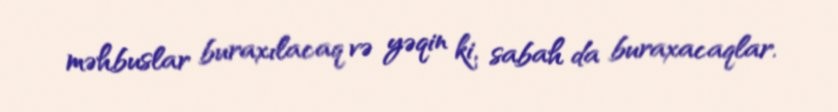
məhbuslar buraxılacaq və yəqin ki, sabah da buraxacaqlar.